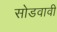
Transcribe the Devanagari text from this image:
सोडवावी